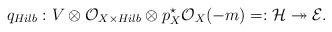
LaTeX: \begin{align*}q_{Hilb}:V\otimes\mathcal{O}_{X\times Hilb}\otimes p_{X}^{\star}\mathcal{O}_{X}(-m)=:\mathcal{H}\twoheadrightarrow\mathcal{E}.\end{align*}